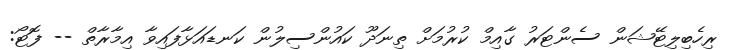
ރިހެބިލިޓޭޝަން ސެންޓަރު ގާއިމް ކުރުމަށް ތިނަދޫ ކައުންސިލުން ކަނޑައަޅާފައިވާ އިމާރާތް -- ފޮޓޯ: